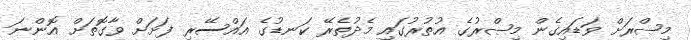
މިޞްރަށް ވަޑައިގެން މިޞްރުގެ އުތުރުގައި މެދުތެރޭ ކަނޑުގެ އައްސޭރި ފަށަށް ވާގޮތަށް އޮންނަ